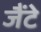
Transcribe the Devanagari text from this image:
जैंटे